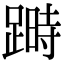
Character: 𨃯